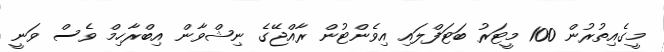
މީގެއިތުރުން 100 މީޓަރު ބަޓަފްލައި އިވެންޓުން ރާއްޖޭގެ ނިޝްވާން އިބްރާހިމް ވެސް ވަނީ